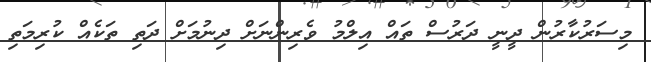
މިސަރުކާރުން ދީނީ ދަރުސް ތައް އިލްމު ވެރިންނަށް ދިނުމަށް ދަތި ތަކެއް ކުރިމަތި